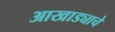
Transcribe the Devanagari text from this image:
आखाड्याचे